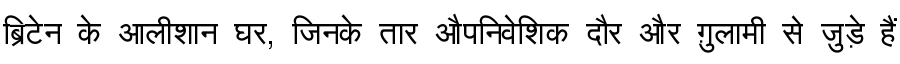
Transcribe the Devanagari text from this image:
ब्रिटेन के आलीशान घर, जिनके तार औपनिवेशिक दौर और ग़ुलामी से जुड़े हैं